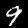
Digit: 9